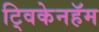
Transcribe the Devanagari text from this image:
ट्विकेनहॅम